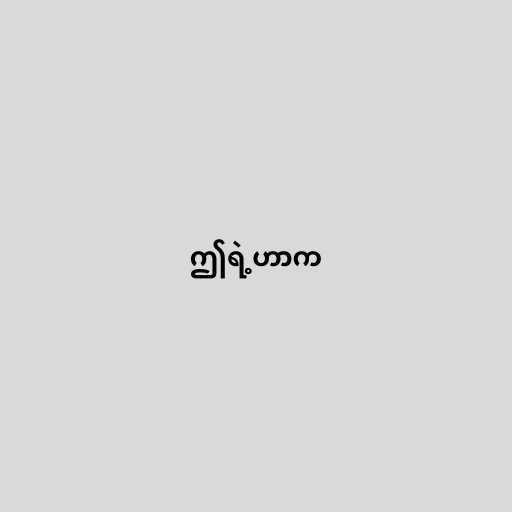
ဤရဲ့ဟာက